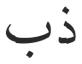
ذب